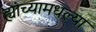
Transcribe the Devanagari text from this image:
ह्यांच्यामधल्या